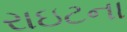
રાઇટના